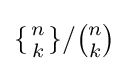
\lbrace \textstyle {n \atop k}\rbrace /{\binom {n}{k}}